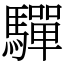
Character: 驒